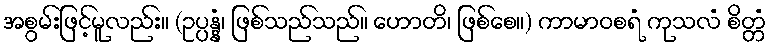
အစွမ်းဖြင့်မူလည်း။ (ဥပ္ပန္နံ၊ ဖြစ်သည်သည်။ ဟောတိ၊ ဖြစ်စေ။) ကာမာဝစရံ ကုသလံ စိတ္တံ